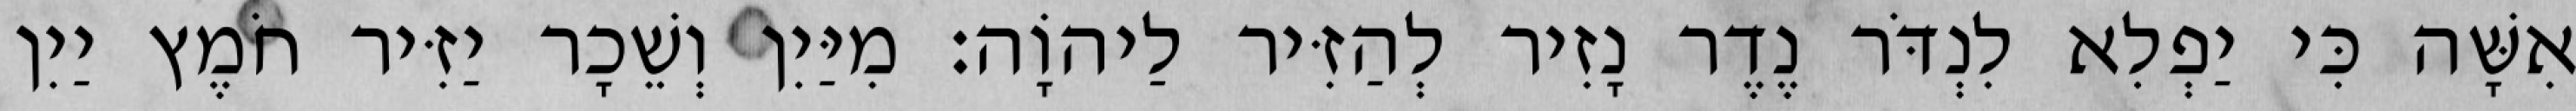
אִשָּׁה כִּי יַפְלִא לִנְדֹּר נֶדֶר נָזִיר לְהַזִּיר לַיהוָֹה׃ מִיַּיִן וְשֵׁכָר יַזִּיר חֹמֶץ יַיִן